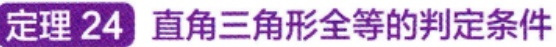
定理 24 直角三角形全等的判定条件